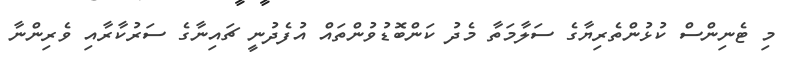
މި ޓެނިންސް ކުޅުންތެރިޔާގެ ސަލާމަތާ މެދު ކަންބޮޑުވުންތައް އުފެދުނީ ޗައިނާގެ ސަރުކާރާއި ވެރިންނާ